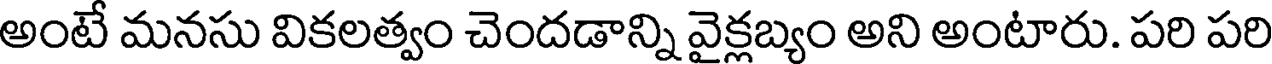
అంటే మనసు వికలత్వం చెందడాన్ని వైక్లబ్యం అని అంటారు. పరి పరి